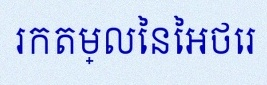
រកតម្លៃនៃអថេរ